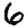
Digit: 6